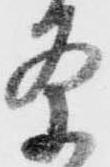
条